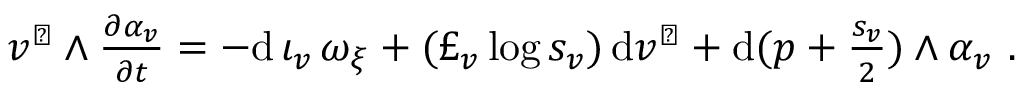
\begin{array} { r } { v ^ { \flat } \wedge \frac { \partial \alpha _ { v } } { \partial t } = - \mathrm { d } \, \iota _ { v } \, \omega _ { \xi } + ( \pounds _ { v } \log s _ { v } ) \, \mathrm { d } v ^ { \flat } + \mathrm { d } ( p + \frac { s _ { v } } { 2 } ) \wedge \alpha _ { v } \ . } \end{array}